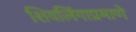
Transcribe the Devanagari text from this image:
शिवलिंगाप्रमाणे